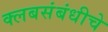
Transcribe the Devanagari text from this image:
क्लबसंबंधीचे